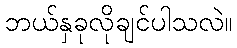
ဘယ်နှခုလိုချင်ပါသလဲ။